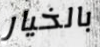
بالخيار